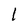
Character: 1